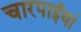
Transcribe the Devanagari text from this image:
चारपाईयां